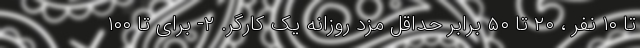
تا ۱۰ نفر ، ۲۰ تا ۵۰ برابر حداقل مزد روزانه یک کارگر. ۲- برای تا ۱۰۰